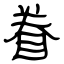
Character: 眷